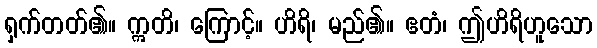
ရှက်တတ်၏။ ဣတိ၊ ကြောင့်။ ဟိရိ၊ မည်၏။ ဧတံ၊ ဤဟိရိဟူသော